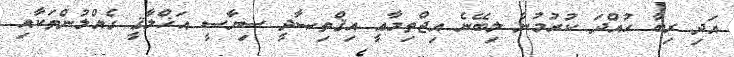
އަދި ރިބާ ހުއްދަ ކުރުމުން ލިބޭނެ އިޖްތިމާޢީ އިޤްތިޞާދީ ސިޔާސީ އަޚްލާޤީ ގެއްލުންތަކާއި